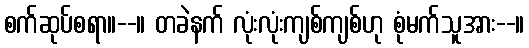
စက်ဆုပ်စရာ။--။ တခဲနက် လုံးလုံးကျစ်ကျစ်ဟု စုံမက်သူအား--။